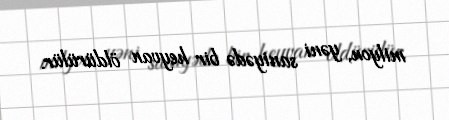
milyon, yəni saniyədə bir heyvan öldürülür.